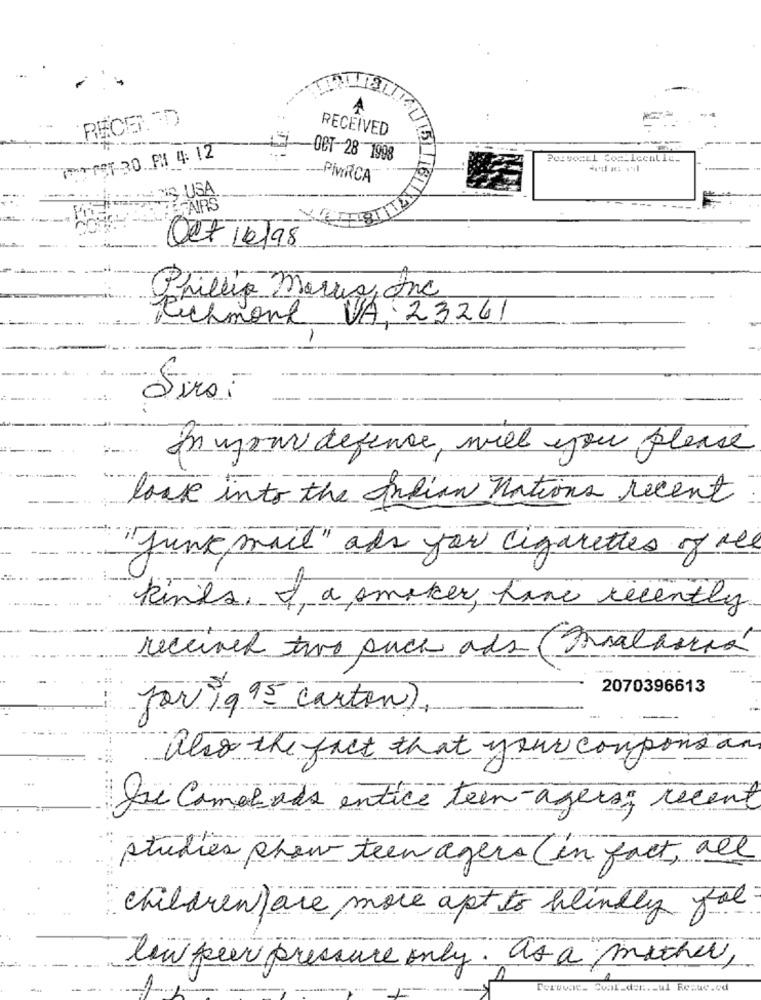
A
RECENTD
RECEIVED
PPET-30 PM 4:12
-OCT-28 1998
-- PiMIRCA
HANSUSA
FAIRS
Oct /6/98
Phillip Marus onc
Richmond VA 23261
Sirsi
In your defence, miel you please
look into the Indian nations recent
"June muit " ads for cigarettes of res
kines, I a smaker, fine recently
received two puck ads (Batavia
2070396613
for 19 95 carton),
also the fact that your coupons an
Joe Camerads entice teen- ager; recent
studies show teen agers ( in fact , all
children are more apt to blindly fat
low peer pressure only. as a mother,
-ul Res